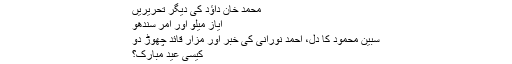
محمد خان داؤد کی دیگر تحریریں
ایاز میلو اور امر سندھو
سبین محمود کا دل، احمد نورانی کی خبر اور مزار قائد چھوڑ دو
کیسی عید مبارک؟